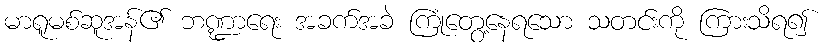
မာရူမစ်ဆူအန်၏ ဘဏ္ဍာရေး အခက်အခဲ ကြုံတွေ့နေရသော သတင်းကို ကြားသိရ၍